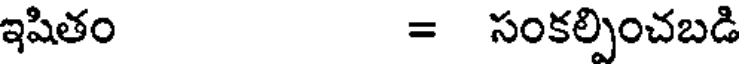
ఇషితం = సంకల్పించబడి